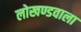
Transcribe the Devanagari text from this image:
लोखण्डवाला